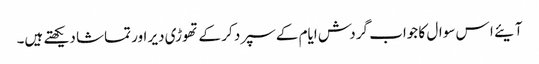
آیئے ا س سوال کا جواب گردش ایام کے سپرد کر کے تھوڑی دیر اور تماشا دیکھتے ہیں۔